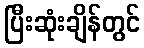
ပြီးဆုံးချိန်တွင်